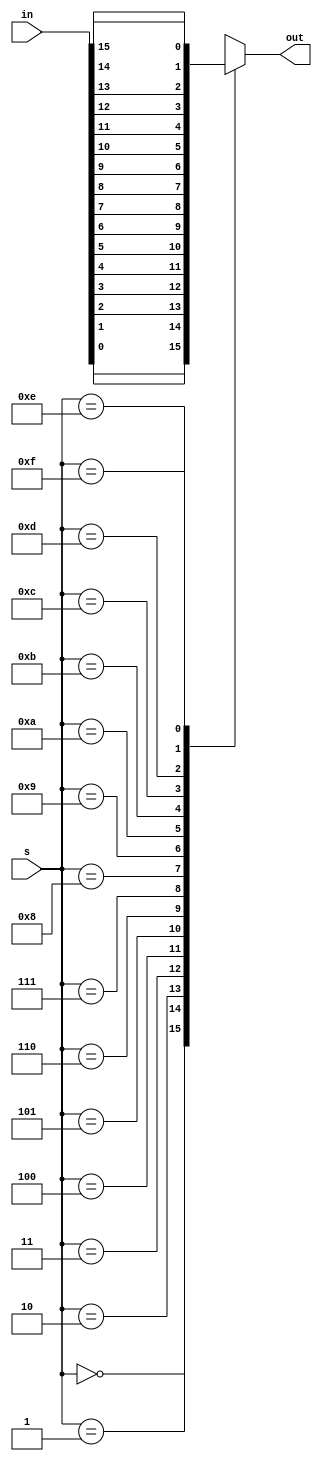
module vinayak_mux (input wire[15:0] in, input wire[3:0] s, output reg out);

always @ (1)
case(s)

	0 : out = in[0];
	1 : out = in[1];
	2 : out = in[2];
	3 : out = in[3];
	4 : out = in[4];
	5 : out = in[5];
	6 : out = in[6];
	7 : out = in[7];
	8 : out = in[8];
	9 : out = in[9];
	10: out = in[10];
	11: out = in[11];
	12: out = in[12];
	13: out = in[13];
	14: out = in[14];
	15: out = in[15];
endcase
endmodule